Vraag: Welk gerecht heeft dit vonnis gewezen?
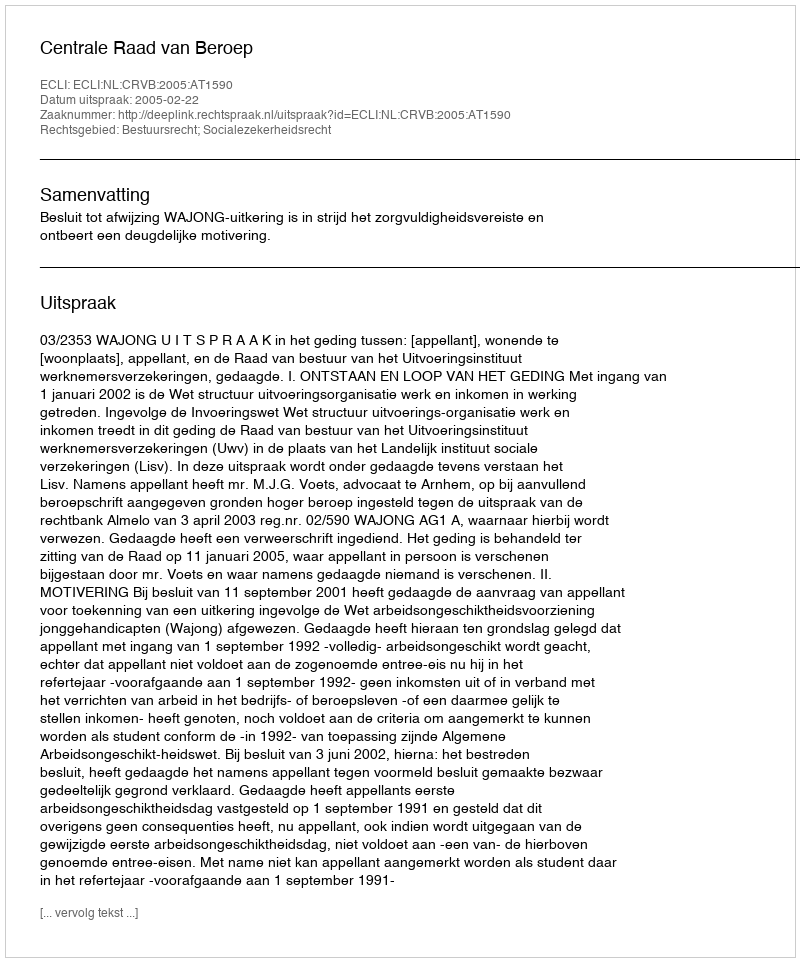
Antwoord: Centrale Raad van Beroep